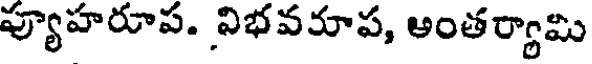
ప్యూహరూప. విభవరూప, అంతర్యామి